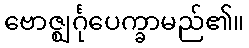
ဗောဇ္ဈင်္ဂုပေက္ခာမည်၏။